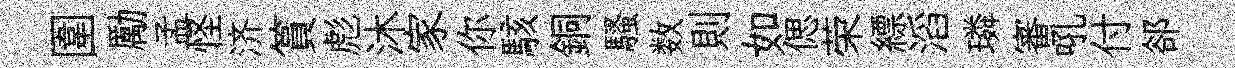
圍勵孟怪济篔彪沐家你駭銅騷数則如偲荣縹滔璘審吼付郤